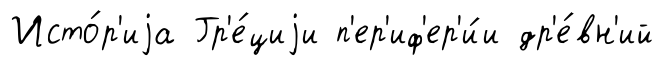
Исто́р'иjа Гр'е́циjи п'ер'иф'ер'и́и др'е́вн'ий